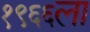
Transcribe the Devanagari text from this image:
१९६६ला